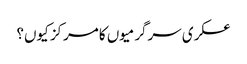
عسکری سرگرمیوں کا مرکز کیوں؟